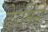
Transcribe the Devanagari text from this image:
डेरमिस